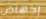
إجهاض